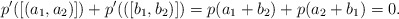
\begin{align*}p'([(a_1,a_2)]) + p'(([b_1,b_2)]) = p(a_1+b_2) + p(a_2+b_1) = 0.\end{align*}